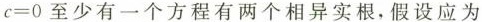
$$c = 0$$至少有一个方程有两个相异实根，假设应为